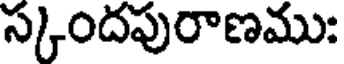
స్కందపురాణము: